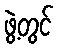
ဖွဲ့တွင်